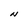
Character: N